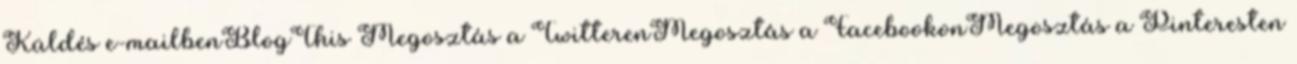
Küldés e-mailbenBlogThis Megosztás a TwitterenMegosztás a FacebookonMegosztás a Pinteresten